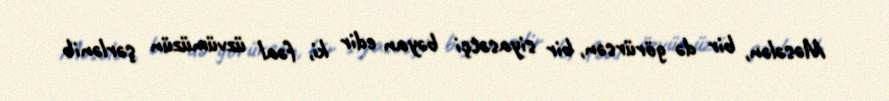
Məsələn, bir də görürsən, bir siyasətçi bəyan edir ki, fəal üzvümüzün şərlənib